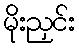
မိုးညှင်း